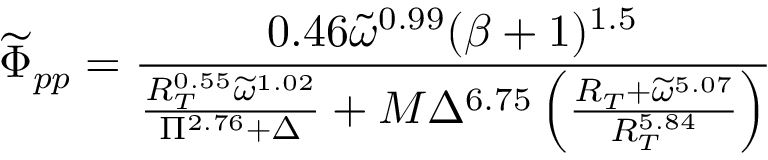
\widetilde { \Phi } _ { p p } = \frac { 0 . 4 6 \widetilde { \omega } ^ { 0 . 9 9 } ( \beta + 1 ) ^ { 1 . 5 } } { \frac { R _ { T } ^ { 0 . 5 5 } \widetilde { \omega } ^ { 1 . 0 2 } } { \Pi ^ { 2 . 7 6 } + \Delta } + M \Delta ^ { 6 . 7 5 } \left( \frac { R _ { T } + \widetilde { \omega } ^ { 5 . 0 7 } } { R _ { T } ^ { 5 . 8 4 } } \right) }